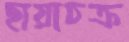
ছায়াচক্র